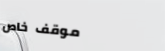
موقف خاص